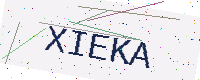
Text: XIEKA